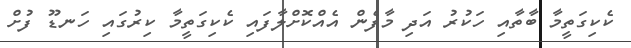
ކެކިގަތީމާ ބާތާއި ހަކުރު އަދި މާފެން އެއްކޮށްލާފައި ކެކިގަތީމާ ކިރުގައި ހަނޑޫ ފުށް